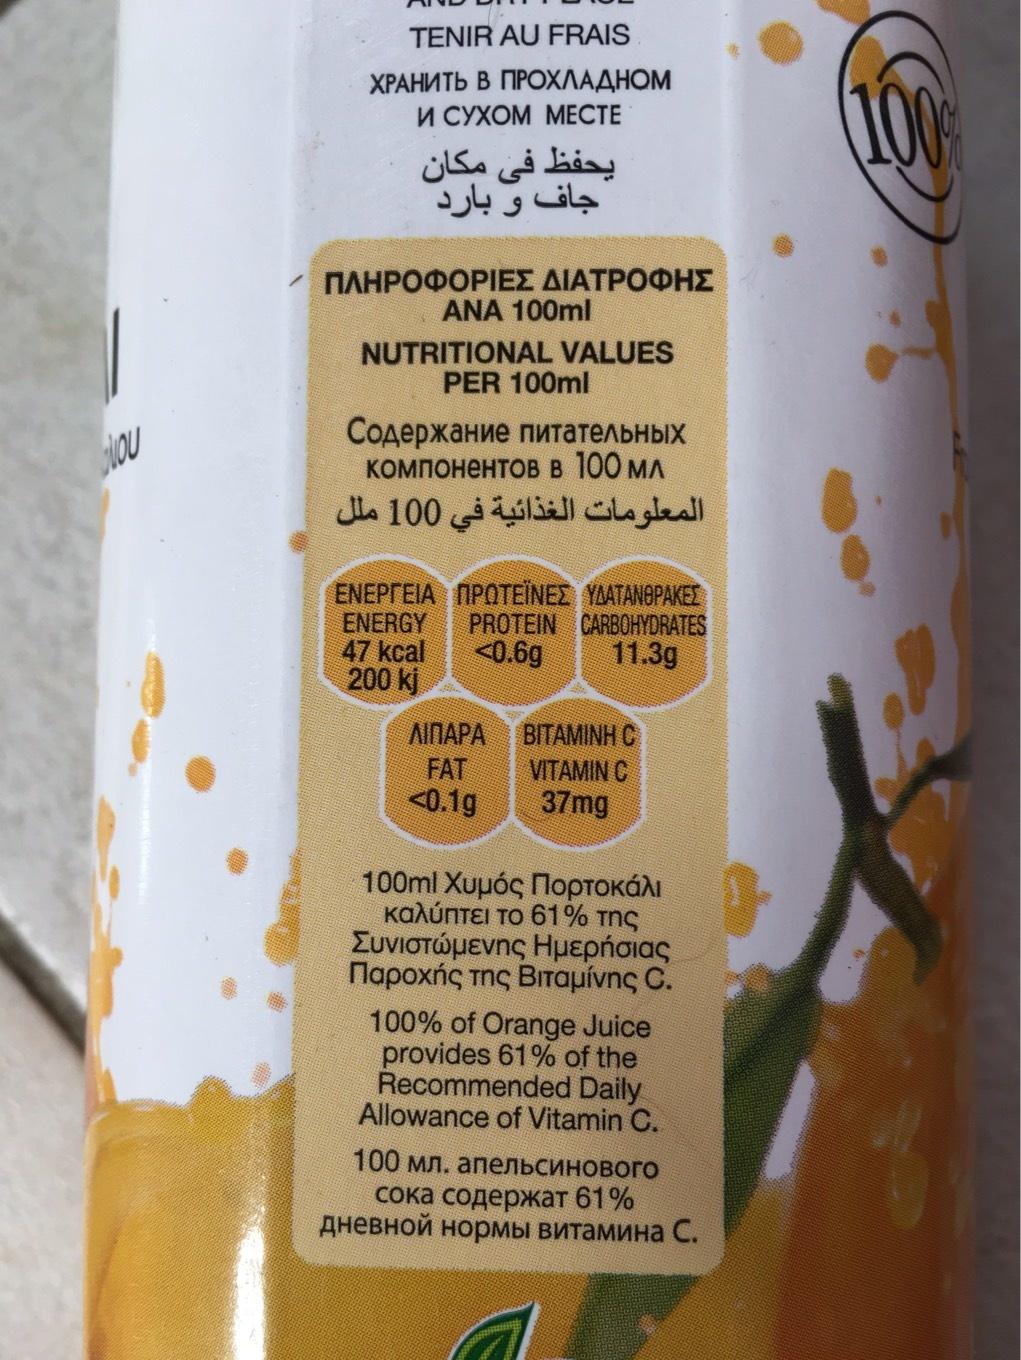
NOU
TENIR AU FRAIS
ХРАНИТЬ В ПРОХЛАДНОМ И СУХОМ МЕСТЕ
يحفظ في مكان جاف و بارد
ΠΛΗΡΟΦΟΡΙΕΣ ΔΙΑΤΡΟΦΗΣ ANA 100ml
NUTRITIONAL VALUES PER 100ml
Содержание питательных компонентов в 100 мл
المعلومات الغذائية في 100 ملل
ΕΝΕΡΓΕΙΑ ΠΡΩΤΕΪΝΕΣ ΥΔΑΤΑΝΘΡΑΚΕΣ ENERGY PROTEIN CARBOHYDRATES <0.6g
11.3g
47 kcal
200 ki
ЛІПАРА
FAT
<0.1g
BITAMINH C
VITAMIN C
37mg
100ml Хиџó Портокал калипте то 61% Tns Συνιστώμενης Ημερήσιας Παροχής της Βιταμίνης C.
100% of Orange Juice provides 61% of the Recommended Daily Allowance of Vitamin C. 100 мл. апельсинового сока содержат 61% дневной нормы витамина С.
100%